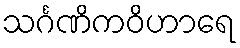
သင်္ဂဏိကဝိဟာရေ